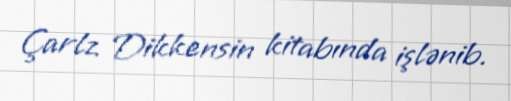
Çarlz Dikkensin kitabında işlənib.